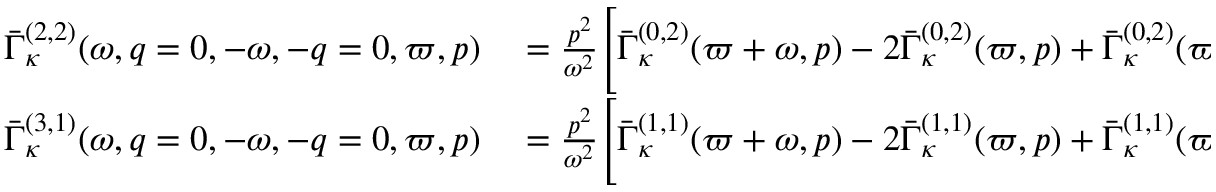
\begin{array} { r l } { \bar { \Gamma } _ { \kappa } ^ { ( 2 , 2 ) } ( \omega , q = 0 , - \omega , - q = 0 , \varpi , p ) } & { { } = \frac { p ^ { 2 } } { \omega ^ { 2 } } \Bigg [ \bar { \Gamma } _ { \kappa } ^ { ( 0 , 2 ) } ( \varpi + \omega , p ) - 2 \bar { \Gamma } _ { \kappa } ^ { ( 0 , 2 ) } ( \varpi , p ) + \bar { \Gamma } _ { \kappa } ^ { ( 0 , 2 ) } ( \varpi - \omega , p ) \Bigg ] } \\ { \bar { \Gamma } _ { \kappa } ^ { ( 3 , 1 ) } ( \omega , q = 0 , - \omega , - q = 0 , \varpi , p ) } & { { } = \frac { p ^ { 2 } } { \omega ^ { 2 } } \Bigg [ \bar { \Gamma } _ { \kappa } ^ { ( 1 , 1 ) } ( \varpi + \omega , p ) - 2 \bar { \Gamma } _ { \kappa } ^ { ( 1 , 1 ) } ( \varpi , p ) + \bar { \Gamma } _ { \kappa } ^ { ( 1 , 1 ) } ( \varpi - \omega , p ) \Bigg ] . } \end{array}